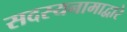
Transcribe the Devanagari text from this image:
सदस्यनामाद्वारे